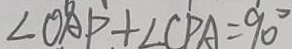
\angle O A P + \angle C P A = 9 0 ^ { \circ }